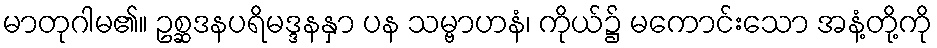
မာတုဂါမ၏။ ဥစ္ဆဒနပရိမဒ္ဒနနှာ ပန သမ္ဗာဟနံ၊ ကိုယ်၌ မကောင်းသော အနံ့တို့ကို